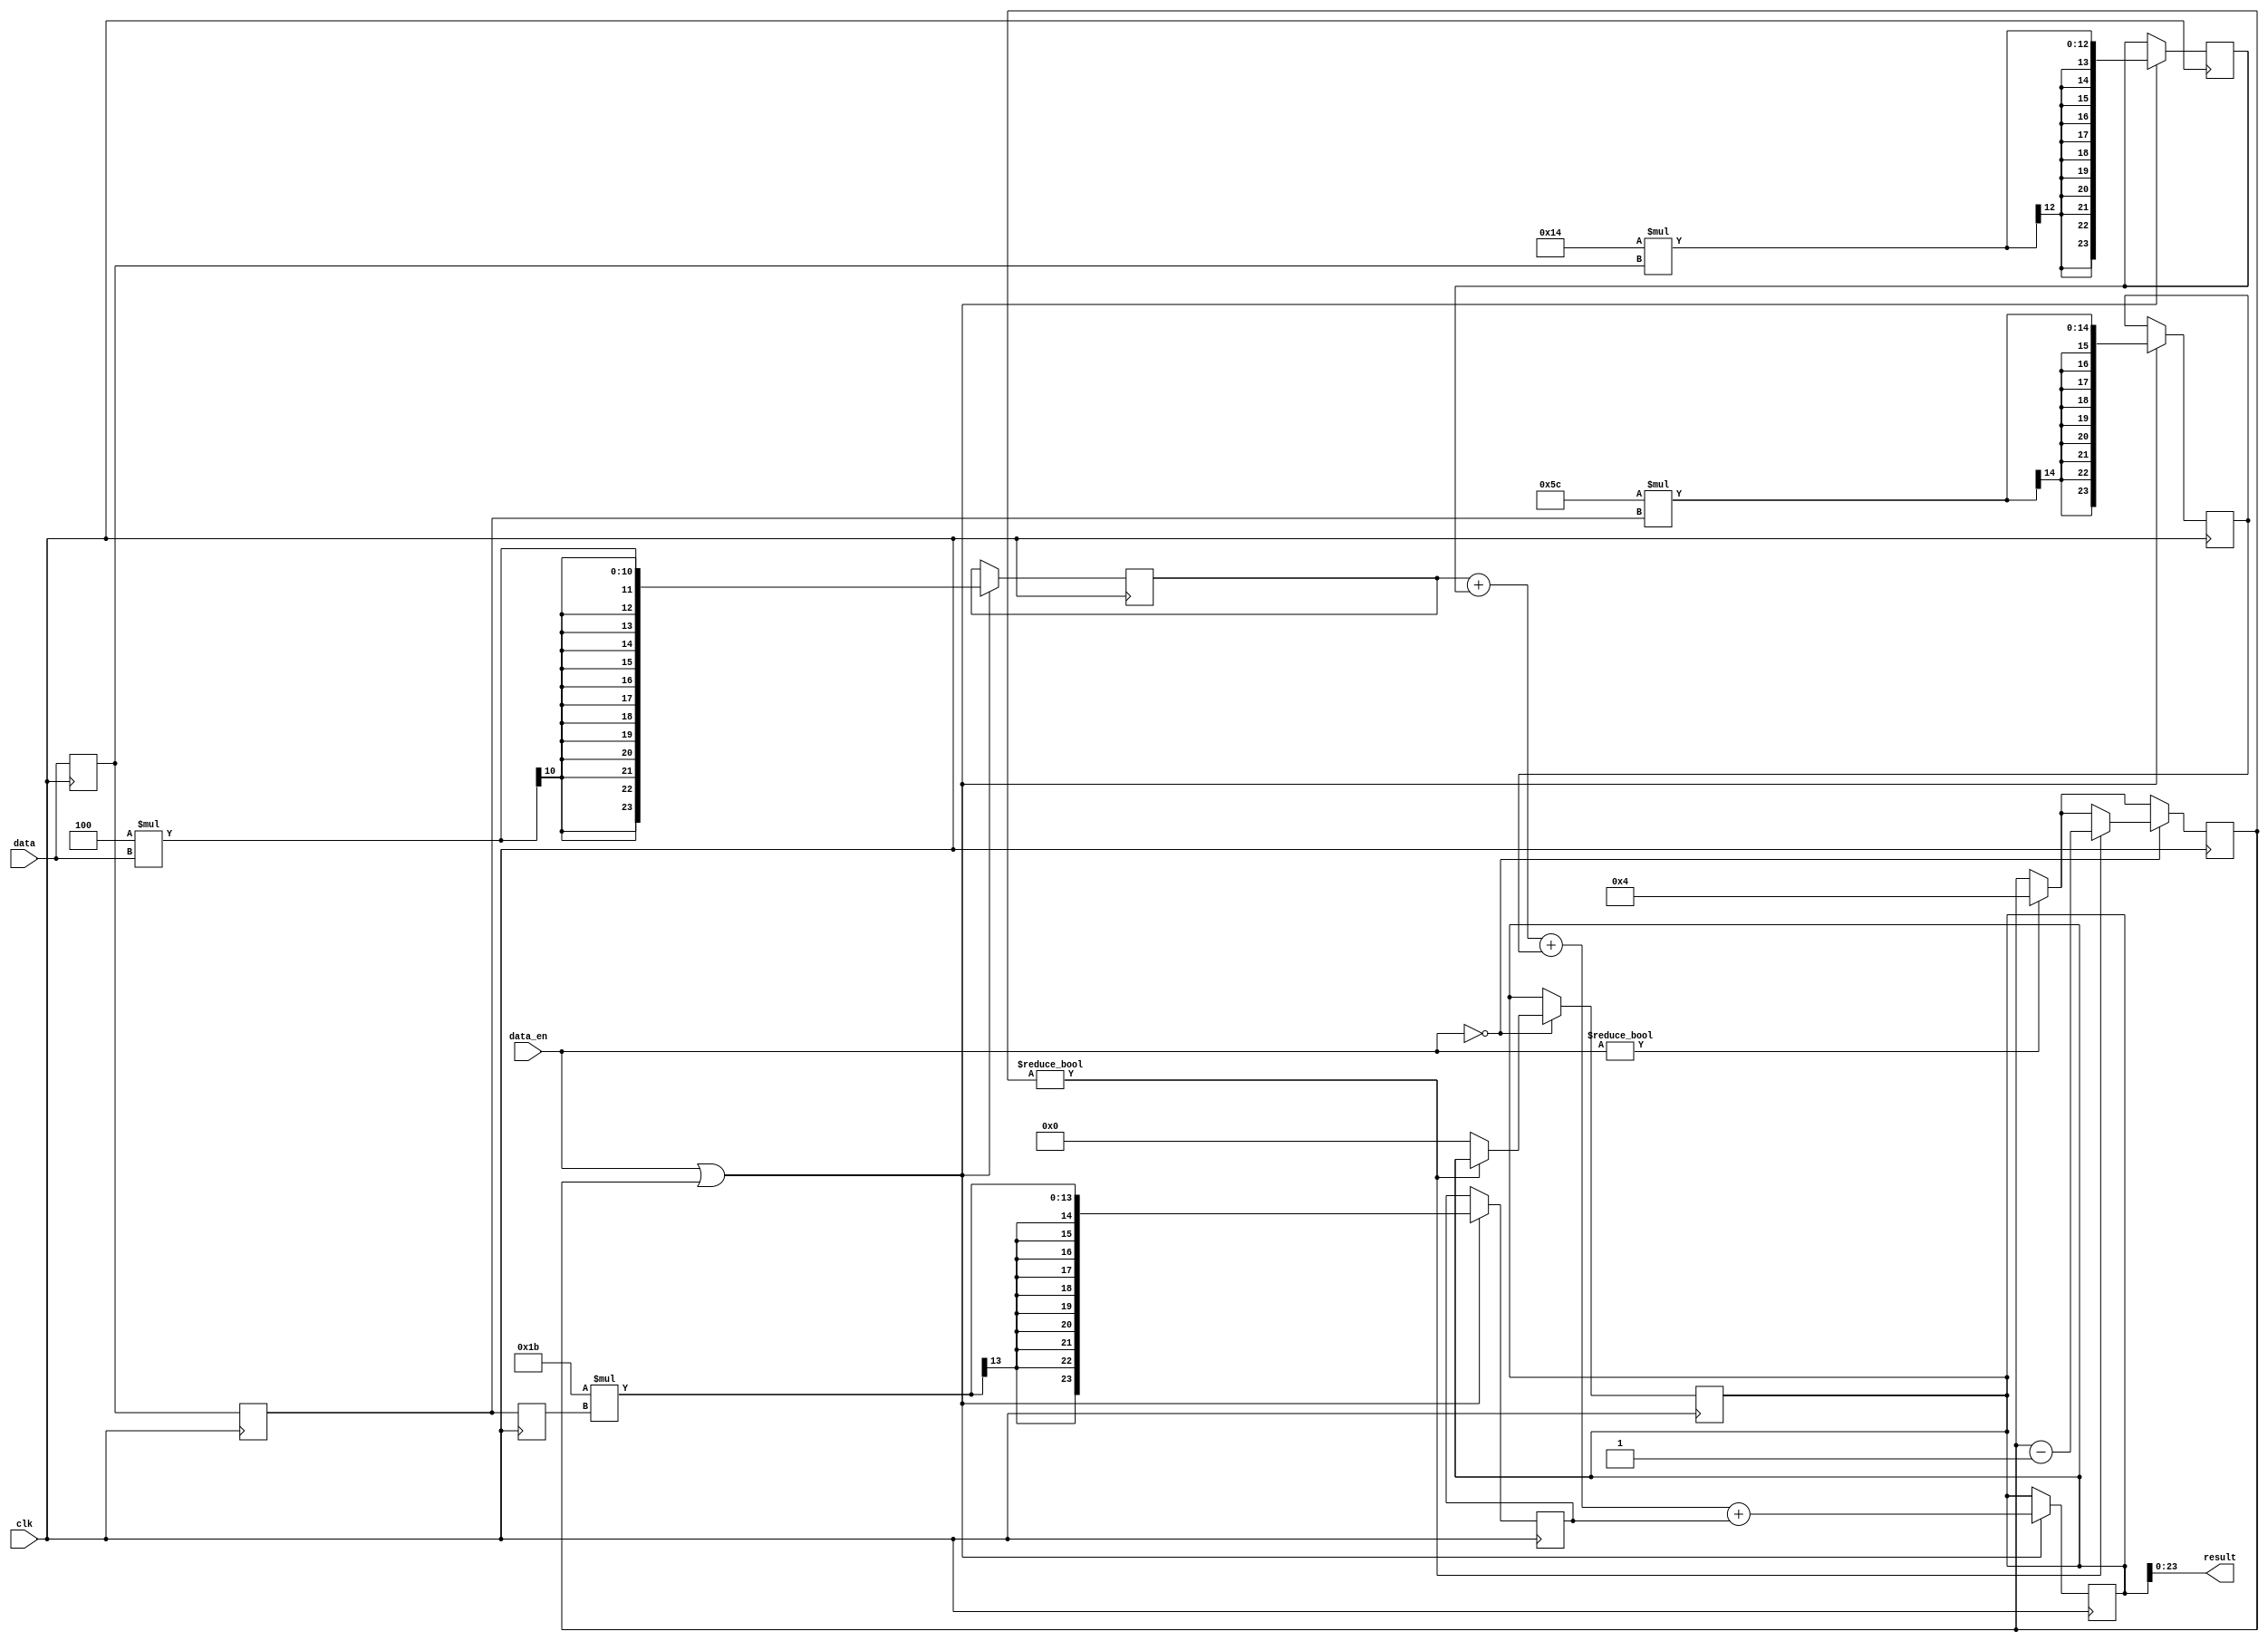
/*
y[k+1] = a * y[k] + b * x[k+1]
y[n] = a * y[n-1] + b * x[n]

y[n-1] = a * y[n-2] + b * x[n-1]
y[n] = a * (a * y[n-2] + b * x[n-1]) + b * x[n] =
     = a^2 * y[n-2] + a * b * x[n-1] + b * x[n]

y[n-2] = a * y[n-3] + b * x[n-2]
y[n] = a^2 * (a * y[n-3] + b * x[n-2]) + a * b * x[n-1] + b * x[n] =
     = a^3 * y[n-3] + a^2 * b * x[n-2] + a * b * x[n-1] + b * x[n]

y[n] = b * x[n] + a * b * x[n-1] + a^2 * b * x[n-2] + a^3 * y[n-3]

a = 3       -   8 bit
b = -4      -   8 bit
a*b = -12   -   16 bit
a^2*b = -36 -   24 bit
a^3 = 27    -   24 bit

y[n] = -4 * x[n] + -12 * x[n-1] + -36 * x[n-2] + 27 * y[n-3]
*/

module iir_filter(
    input clk,
    
    input signed [7:0] data,
    input signed [1:0] data_en,
    
    output signed [23:0] result
);
    reg signed [7:0] buff_1 = 0;
    reg signed [7:0] buff_2 = 0;
    reg signed [7:0] buff_3 = 0;
	reg signed [25:0] result_reg = 0;

	reg signed [7:0] a = 3;
    reg signed [7:0] b = -4;
    
	wire signed [15:0] ab = a * b;
	wire signed [23:0] a2b = a * a * b;
	wire signed [23:0] a3 = a * a * a;

    reg signed [23:0] tmp_1 = 0;
    reg signed [23:0] tmp_2 = 0;
    reg signed [23:0] tmp_3 = 0;
    reg signed [23:0] tmp_4 = 0;

	reg [2:0] state = 0;
    reg [3:0] flag = 0;
    reg signed [23:0] tmp = 0;
    reg signed [23:0] y_reg = 0;

    always @(posedge clk) begin
        buff_1 <= buff_2;
        buff_2 <= buff_3;
        buff_3 <= data;  
    end

    always @(posedge clk) begin
        if (data_en || flag) begin
            tmp_1 <= b * data;
            tmp_2 <= ab * buff_3;
            tmp_3 <= a2b * buff_2;
            tmp_4 <= a3 * buff_1;
            result_reg <= tmp_1 + tmp_2 + tmp_3 + tmp_4;
        end
    end

    always @(posedge clk) begin
        if (data_en) begin
            flag <= 4;
        end

        if (!data_en) begin
            if (flag) begin
                flag <= flag - 1;
            end else begin
                result_reg <= 0;
            end
        end
    end

    assign result = result_reg;
endmodule